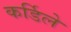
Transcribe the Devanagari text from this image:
कर्डिले